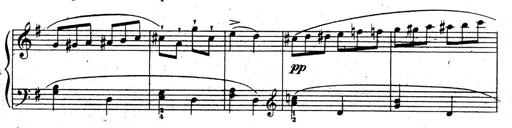
Title: 10 Sonatinas
Composer: Fritz Spindler